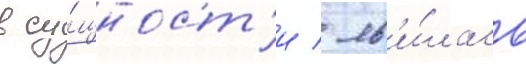
в су́щност'и / яв'и́лась